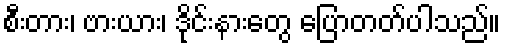
စီးတား၊ ဗားယား၊ ဒိုင်းနားတွေ ပြောတတ်ပါသည်။